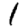
Digit: 1